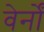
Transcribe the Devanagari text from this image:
वेर्नों